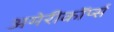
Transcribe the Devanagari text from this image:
अमेरीकॉर्प्स